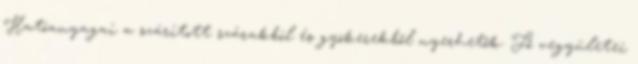
Hatóanyagai a szárított szárakból és gyökerekből nyerhetők. Fő vegyületei